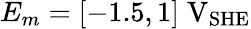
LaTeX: E_{m}=[-1.5,1]\; \mathrm{V}_{\mathrm{SHE}}